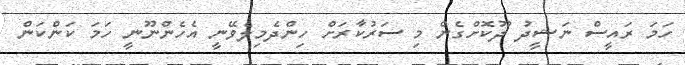
ހަމަ ރައީސް ނަޝީދު ދޫކޮށްގެން މި ސަރުކާރަށް ހިންދެމިލެވޭނީ އެހެންނޫނީ ހަމަ ކަންކަން